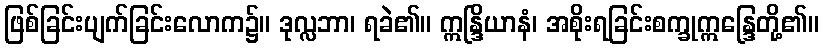
ဖြစ်ခြင်းပျက်ခြင်းလောက၌။ ဒုလ္လဘာ၊ ရခဲ၏။ ဣန္ဒြိယာနံ၊ အစိုးရခြင်းစက္ခုဣန္ဒြေတို့၏။